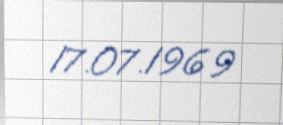
17.07.1969